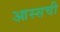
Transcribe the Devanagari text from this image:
आस्सची